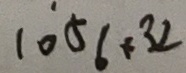
1 0 5 6 + 3 2